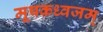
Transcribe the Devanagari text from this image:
मूषकध्वजम्